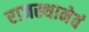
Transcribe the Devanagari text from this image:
राजस्थानेवं